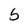
Character: b